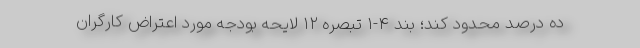
ده درصد محدود کند؛ بند ۴-۱ تبصره ۱۲ لایحه بودجه مورد اعتراض کارگران